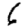
Digit: 6